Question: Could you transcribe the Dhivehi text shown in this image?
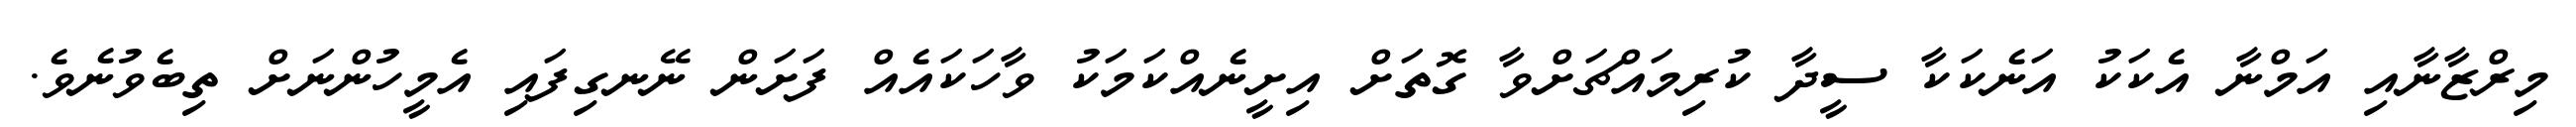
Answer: މިރްޒާނާއި އަމްނާ އެކަކު އަނެކަކާ ސީދާ ކުރިމައްޗަށްވާ ގޮތަށް އިށީނެއްކަމަކު ވާހަކައެއް ފަށަން ނޭނގިފައި އެމީހުންނަށް ތިބެވުނެވެ.